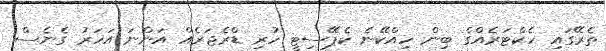
ތެރޭގައި ހެކްޓަރެއްގެ ބިން ހިއްކޭނެ ކެޕޭސިޓީ ހުރި ޑްރެޖަރެއް އަންނަ އަހަރު ގެނެސް